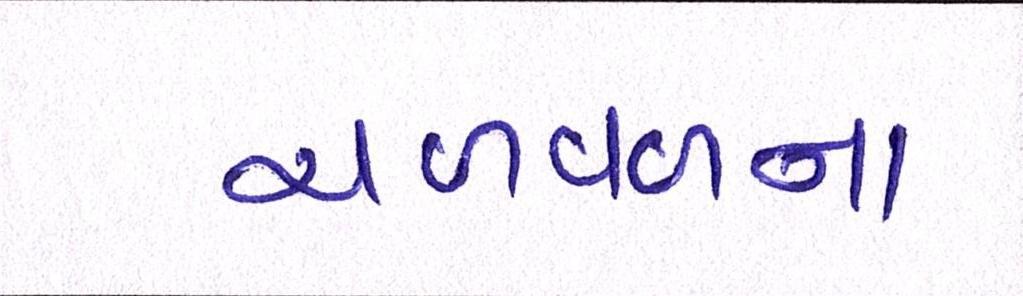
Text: ચળવળના